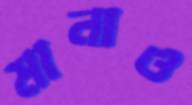
মানাও